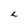
Character: L